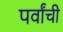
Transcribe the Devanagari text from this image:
पर्वांची